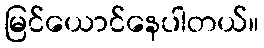
မြင်ယောင်နေပါတယ်။